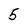
Character: 5